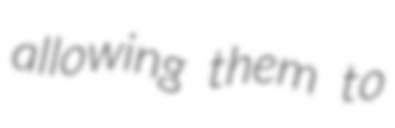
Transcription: allowing them to